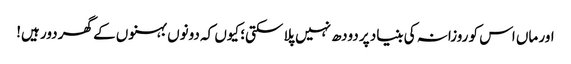
اور ماں اس کو روزانہ کی بنیاد پر دودھ نہیں پلا سکتی؛ کیوں کہ دونوں بہنوں کے گھر دور ہیں!